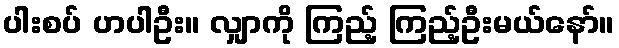
ပါးစပ် ဟပါဦး။ လျှာကို ကြည့် ကြည့်ဦးမယ်နော်။